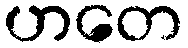
ဟတေ